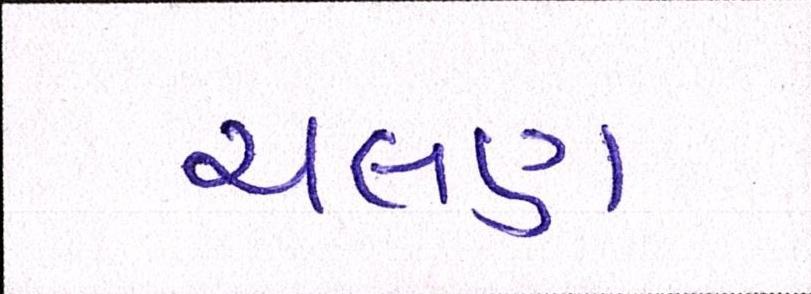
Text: ચલણ